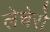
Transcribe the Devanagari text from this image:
लेचेरो